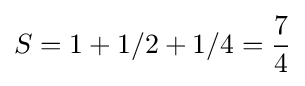
S=1+1/2+1/4={\frac {7}{4}}